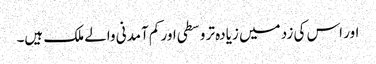
اور اس کی زد میں زیادہ تر وسطی اور کم آمدنی والے ملک ہیں۔